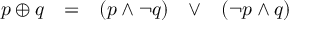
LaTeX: \begin{array} { l l l l l } { p \oplus q } & { = } & { ( p \land \lnot q ) } & { \lor } & { ( \lnot p \land q ) } \end{array}